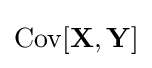
\operatorname {Cov} [\mathbf {X} ,\mathbf {Y} ]